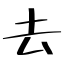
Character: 去